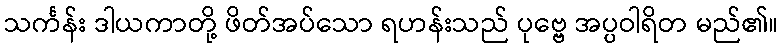
သင်္ကန်း ဒါယကာတို့ ဖိတ်အပ်သော ရဟန်းသည် ပုဗ္ဗေ အပ္ပဝါရိတ မည်၏။